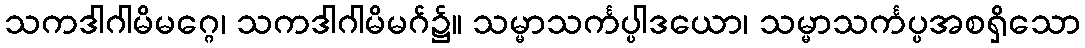
သကဒါဂါမိမဂ္ဂေ၊ သကဒါဂါမိမဂ်၌။ သမ္မာသင်္ကပ္ပါဒယော၊ သမ္မာသင်္ကပ္ပအစရှိသော